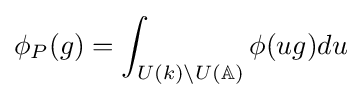
\phi _{P}(g)=\int _{U(k)\backslash U(\mathbb {A} )}\phi (ug)du